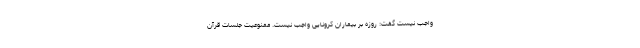
واجب نیست گفت: روزه بر بیماران کرونایی واجب نیست. ممنوعیت جلسات قرآن